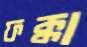
ফক্কা